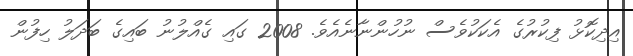
އިދިކޮޅު ފިކުރުގެ އެކަކުވެސް ނުހުންނާނެއެވެ. 2008 ގައި ގެއްލުނު ބައިގެ ބަދަލު ހިފުން